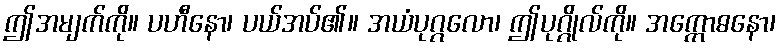
ဤအမျက်ကို။ ပဟီနော၊ ပယ်အပ်၏။ အယံပုဂ္ဂလော၊ ဤပုဂ္ဂိုလ်ကို။ အက္ကောဓနော၊